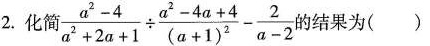
2.化简 $$\frac { a ^ { 2 } - 4 } { a ^ { 2 } + 2 a + 1 } \div \frac { a ^ { 2 } - 4 a + 4 } { ( a + 1 ) ^ { 2 } } - \frac { 2 } { a - 2 }$$的结果为()